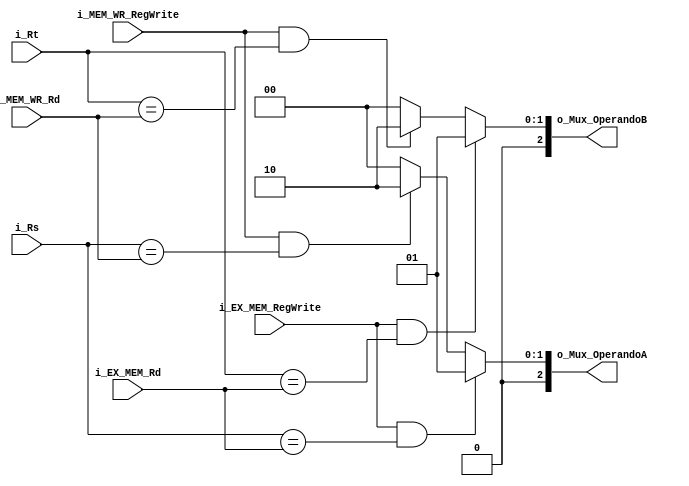
`timescale 1ns / 1ps
//////////////////////////////////////////////////////////////////////////////////
// Company: 
// Engineer: 
// 
// Design Name: 
// Module Name: EX_Unidad_Cortocircuito
// Project Name: 
// Target Devices: 
// Tool Versions: 
// Description: 
// 
// Dependencies: 
// 
// Revision:
// Revision 0.01 - File Created
// Additional Comments:
// 
//////////////////////////////////////////////////////////////////////////////////


module EX_Unidad_Cortocircuito
    #(
        parameter RNBITS    =   5,
        parameter MUXBITS   =   3
    )
    (
        input   wire                i_EX_MEM_RegWrite   ,
        input   wire [RNBITS-1  :0] i_EX_MEM_Rd         ,
        input   wire                i_MEM_WR_RegWrite   ,
        input   wire [RNBITS-1  :0] i_MEM_WR_Rd         , 
        input   wire [RNBITS-1  :0] i_Rs                ,
        input   wire [RNBITS-1  :0] i_Rt                ,
        
        output  wire [MUXBITS-1 :0] o_Mux_OperandoA     ,
        output  wire [MUXBITS-1 :0] o_Mux_OperandoB
    );
    
    reg [MUXBITS-1 :0]  Mux_OperandoA_Reg               ;
    reg [MUXBITS-1 :0]  Mux_OperandoB_Reg               ;
    
    assign  o_Mux_OperandoA =   Mux_OperandoA_Reg       ;
    assign  o_Mux_OperandoB =   Mux_OperandoB_Reg       ;
    
    always @(*)
    begin
        if(i_EX_MEM_RegWrite && (i_Rs == i_EX_MEM_Rd))
        begin
            Mux_OperandoA_Reg = 3'b001;
        end
        else if (i_MEM_WR_RegWrite && (i_Rs == i_MEM_WR_Rd))
        begin
            Mux_OperandoA_Reg = 3'b010;
        end
        else
        begin
            Mux_OperandoA_Reg = 3'b000;
        end
    end   
    always @(*)
    begin
        if (i_EX_MEM_RegWrite && (i_Rt == i_EX_MEM_Rd))
        begin
            Mux_OperandoB_Reg = 3'b001;
        end
        else if (i_MEM_WR_RegWrite && (i_Rt == i_MEM_WR_Rd))
        begin
            Mux_OperandoB_Reg = 3'b010;
        end
        else
        begin
            Mux_OperandoB_Reg = 3'b000;
        end
    end
endmodule